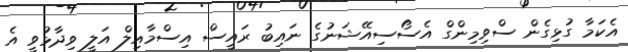
އެކަމާ ގުޅިގެން ސްވިމިންގް އެސޯސިއޭޝަނުގެ ނައިބު ރައީސް އިސްމާއިލް އަލީ ވިދާޅުވީ އެ